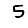
Digit: 5